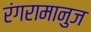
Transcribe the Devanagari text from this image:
रंगरामानुज